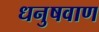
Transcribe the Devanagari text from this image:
धनुषवाण